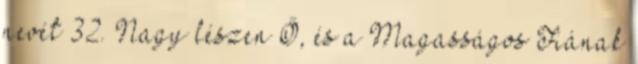
nevét 32. Nagy lészen Ő, és a Magasságos Fiának